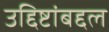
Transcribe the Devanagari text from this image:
उद्दिष्टांबद्दल